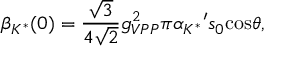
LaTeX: { \beta } _ { { K } ^ { * } } ( 0 ) = { \frac { \sqrt { 3 } } { 4 \sqrt { 2 } } } { g } _ { V P P } ^ { 2 } \pi { { \alpha } _ { { K } ^ { * } } } ^ { \prime } { s } _ { 0 } \mathrm { c o s } { \theta } ,